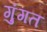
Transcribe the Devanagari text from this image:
गुंगत